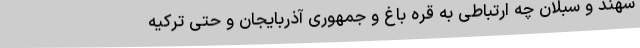
سهند و سبلان چه ارتباطی به قره باغ و جمهوری آذربایجان و حتی ترکیه